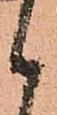
候